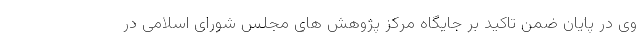
وی در پایان ضمن تاکید بر جایگاه مرکز پژوهش های مجلس شورای اسلامی در